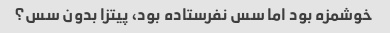
خوشمزه بود اما سس نفرستاده بود، پیتزا بدون سس؟